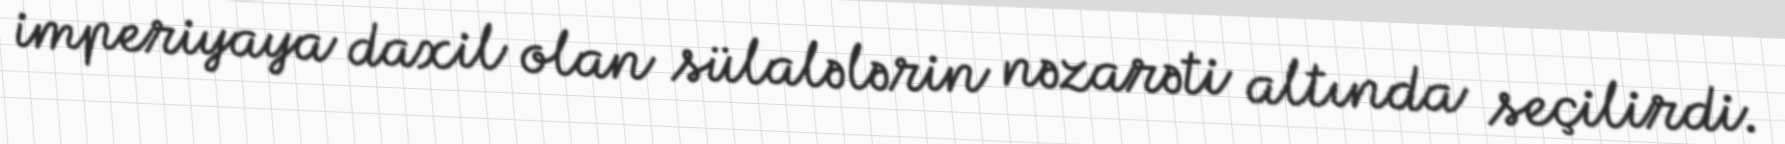
imperiyaya daxil olan sülalələrin nəzarəti altında seçilirdi.